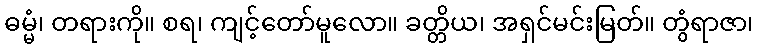
ဓမ္မံ၊ တရားကို။ စရ၊ ကျင့်တော်မူလော။ ခတ္တိယ၊ အရှင်မင်းမြတ်။ တွံရာဇာ၊